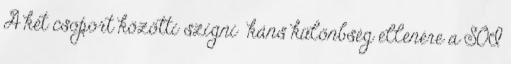
A két csoport közötti szigniﬁkáns különbség ellenére a SOI